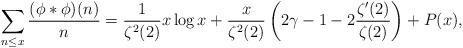
LaTeX: \begin{align*} \sum_{n\leq x} \frac{(\phi*\phi)(n)}{n} &=\frac{1}{\zeta^{2}(2)}x\log x + \frac{x}{\zeta^{2}(2)}\left(2\gamma -1 - 2 \frac{\zeta'(2)}{\zeta(2)}\right) + P(x), \end{align*}